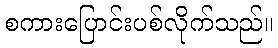
စကားပြောင်းပစ်လိုက်သည်။